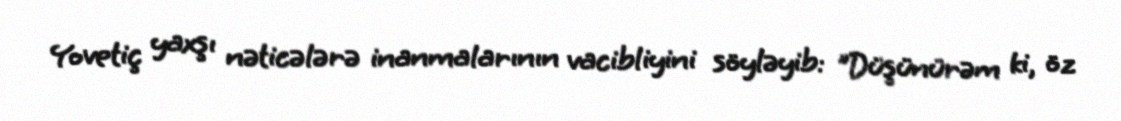
Yovetiç yaxşı nəticələrə inanmalarının vacibliyini söyləyib: "Düşünürəm ki, öz